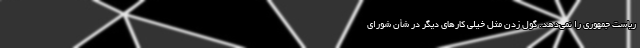
ریاست جمهوری را نمی‌دهد. گول زدن مثل خیلی کارهای دیگر در شأن شورای